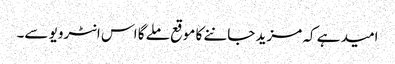
امید ہے کہ مزید جاننے کا موقع ملے گا اس انٹرویو سے۔